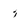
Character: 7